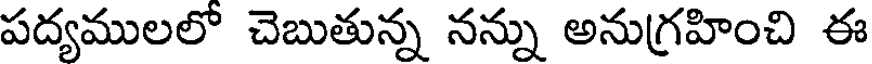
పద్యములలో చెబుతున్న నన్ను అనుగ్రహించి ఈ